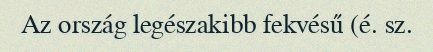
Az ország legészakibb fekvésű (é. sz.